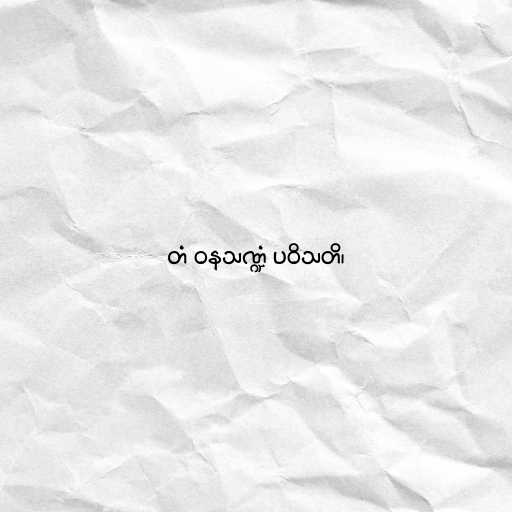
တံ ဝနသဏ္ဍံ ပဝိသတိ၊